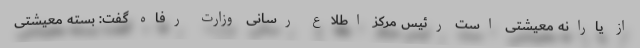
از یارانه معیشتی است رئیس مرکز اطلاع رسانی وزارت رفاه گفت: بسته معیشتی